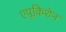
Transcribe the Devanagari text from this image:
एप्लकिशेन